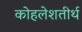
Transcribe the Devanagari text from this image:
कोहलेशतीर्थ